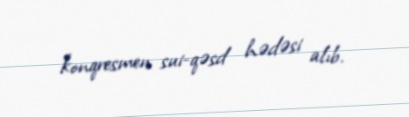
konqresmen sui-qəsd hədəsi alıb.